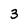
Character: 3